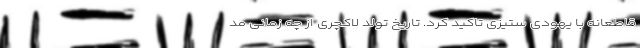
قاطعانه با یهودی ستیزی تاکید کرد. تاریخ تولد لاکچری از چه زمانی مُد